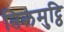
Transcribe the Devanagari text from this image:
तिलमुट्ठि